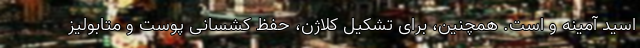
اسید آمینه و است. همچنین، برای تشکیل کلاژن، حفظ کشسانی پوست و متابولیز